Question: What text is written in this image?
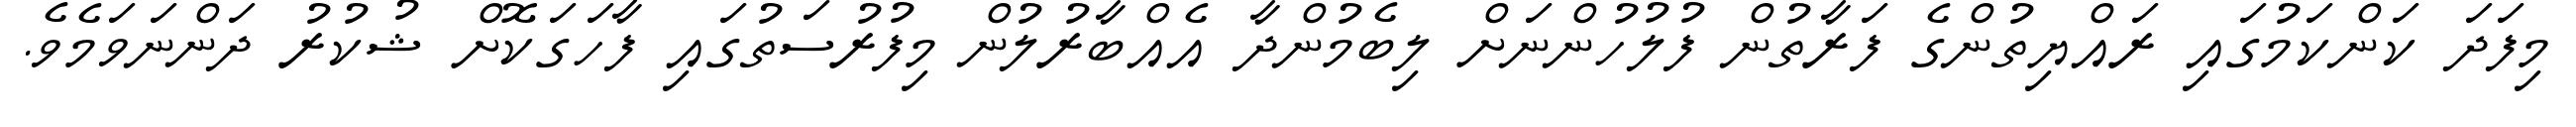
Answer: މިފަދަ ކަންކަމުގައި ރައްޔިތުންގެ ފަރާތުން ފުލުހުންނަށް ލިބެމުންދާ އެއްބާރުލުން މިފުރުސަތުގައި ފާހަގަކޮށް ޝުކުރު ދަންނަވަމެވެ.